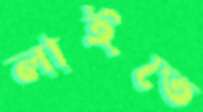
লাইতে